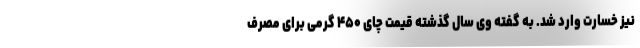
نیز خسارت وارد شد. به گفته وی سال گذشته قیمت چای ۴۵۰ گرمی برای مصرف